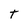
Character: T